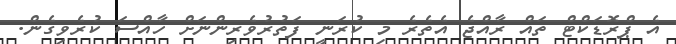
އެ ޕްރޮޑަކްޓް ތައް ރާއްޖެ އެތެރެ މި ކުރަނީ ފަތުރުވެރިންނަށް ހާއްސަ ކުރެވިގެން.